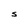
Character: S